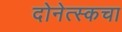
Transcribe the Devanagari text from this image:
दोनेत्स्कचा